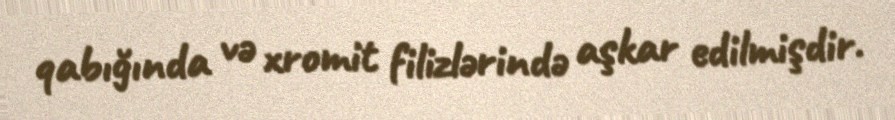
qabığında və xromit filizlərində aşkar edilmişdir.